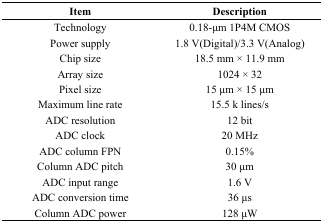
<table><thead><tr><td><b>Item</b></td><td><b>Description</b></td></tr></thead><tbody><tr><td>Technology</td><td>0.18-μm 1P4M CMOS</td></tr><tr><td>Power supply</td><td>1.8 V(Digital)/3.3 V(Analog)</td></tr><tr><td>Chip size</td><td>18.5 mm × 11.9 mm</td></tr><tr><td>Array size</td><td>1024 × 32</td></tr><tr><td>Pixel size</td><td>15 μm × 15 μm</td></tr><tr><td>Maximum line rate</td><td>15.5 k lines/s</td></tr><tr><td>ADC resolution</td><td>12 bit</td></tr><tr><td>ADC clock</td><td>20 MHz</td></tr><tr><td>ADC column FPN</td><td>0.15%</td></tr><tr><td>Column ADC pitch</td><td>30 μm</td></tr><tr><td>ADC input range</td><td>1.6 V</td></tr><tr><td>ADC conversion time</td><td>36 μs</td></tr><tr><td>Column ADC power</td><td>128 μW</td></tr></tbody></table>